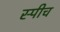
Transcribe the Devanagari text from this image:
स्‍पीच